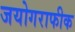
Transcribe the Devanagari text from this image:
जयोगराफीक